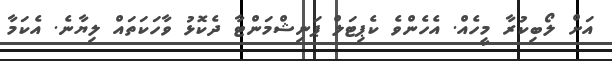
އަށް ލޯބިކުރާ މީހެއް. އެހެންވެ ކެޕިޓަލް ޕަނިޝްމަންޓާ ދެކޮޅު ވާހަކަތައް ލިޔާނެ. އެކަމާ